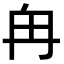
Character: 𫡒